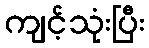
ကျင့်သုံးပြီး